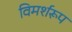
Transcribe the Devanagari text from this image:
विमर्शरूप